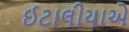
ઈટાલીયાએ